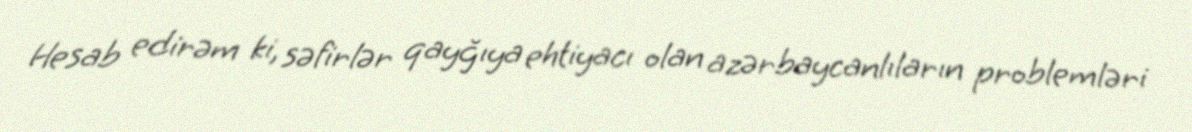
Hesab edirəm ki, səfirlər qayğıya ehtiyacı olan azərbaycanlıların problemləri